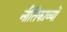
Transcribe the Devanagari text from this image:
नीतिकाव्यों